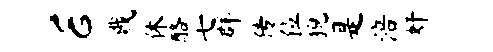
E戮休酪七群传位猊是涪奸